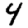
Digit: 4